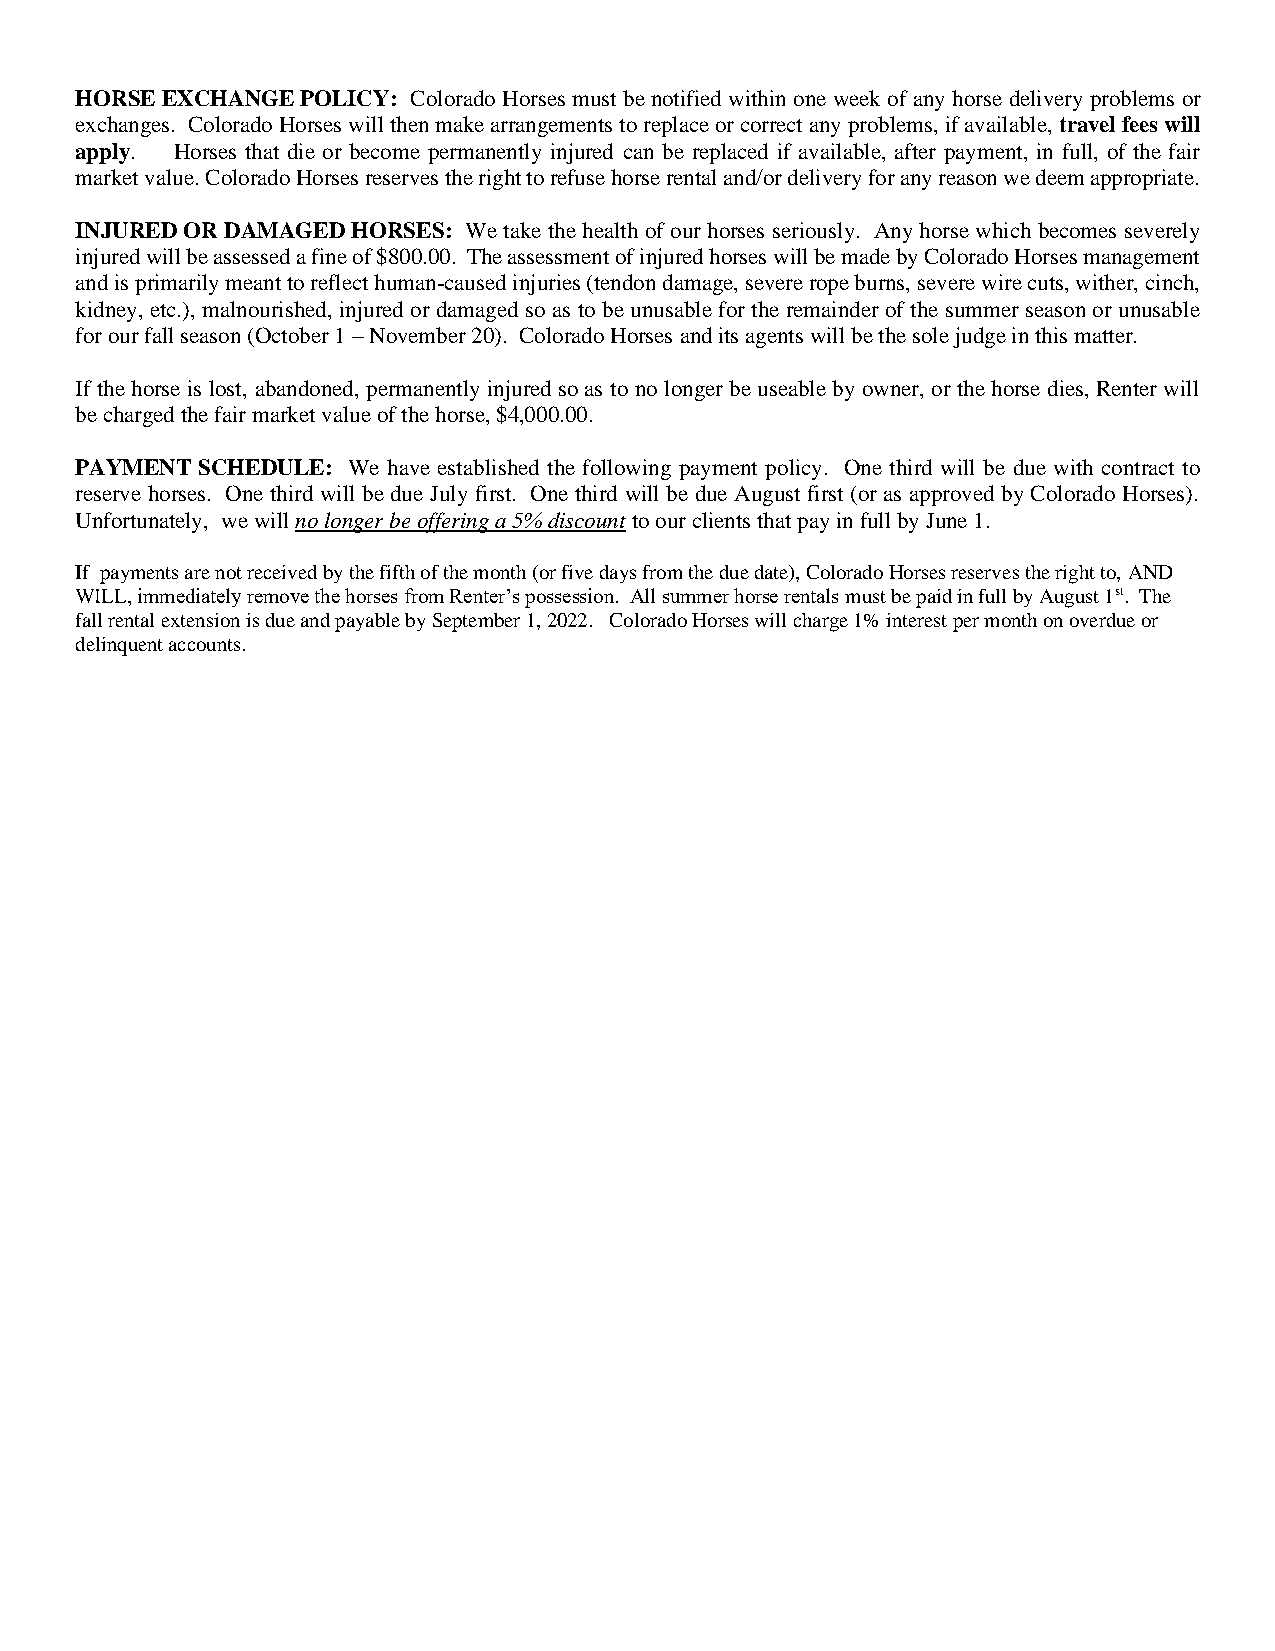
HORSE EXCHANGE POLICY: Colorado Horses must be notified within one week of any horse delivery problems or
 exchanges. Colorado Horses will then make arrangements to replace or correct any problems, if available, travel fees will
 apply. Horses that die or become permanently injured can be replaced if available, after payment, in full, of the fair
 market value. Colorado Horses reserves the right to refuse horse rental and/or delivery for any reason we deem appropriate.
 INJURED OR DAMAGED HORSES: We take the health of our horses seriously. Any horse which becomes severely
 injured will be assessed a fine of $800.00. The assessment of injured horses will be made by Colorado Horses management
 and is primarily meant to reflect human-caused injuries (tendon damage, severe rope burns, severe wire cuts, wither, cinch,
 kidney, etc.), malnourished, injured or damaged so as to be unusable for the remainder of the summer season or unusable
 for our fall season (October 1 – November 20). Colorado Horses and its agents will be the sole judge in this matter.
 If the horse is lost, abandoned, permanently injured so as to no longer be useable by owner, or the horse dies, Renter will
 be charged the fair market value of the horse, $4,000.00.
 PAYMENT SCHEDULE: We have established the following payment policy. One third will be due with contract to
 reserve horses. One third will be due July first. One third will be due August first (or as approved by Colorado Horses).
 Unfortunately, we will no longer be offering a 5% discount to our clients that pay in full by June 1.
 If payments are not received by the fifth of the month (or five days from the due date), Colorado Horses reserves the right to, AND
 WILL, immediately remove the horses from Renter’s possession. All summer horse rentals must be paid in full by August 1st. The
 fall rental extension is due and payable by September 1, 2022. Colorado Horses will charge 1% interest per month on overdue or
 delinquent accounts.